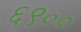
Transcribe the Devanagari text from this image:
६९००